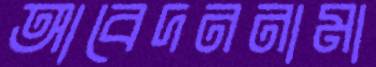
আবেদননামা